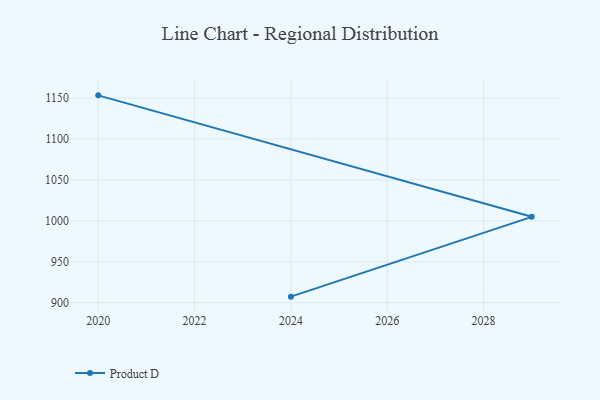
{"axis": {"x": "Year", "y": "Market Share (%)"}, "legend": ["Product D"], "data": [{"x": "2020", "y": 1153.3, "type": "Product D"}, {"x": "2029", "y": 1004.9, "type": "Product D"}, {"x": "2024", "y": 907.4, "type": "Product D"}]}